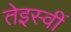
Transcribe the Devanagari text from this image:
तेइस्वीं